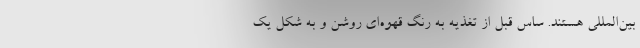
بین‌المللی هستند. ساس قبل از تغذیه به رنگ قهوه‌ای روشن و به شكل یك